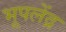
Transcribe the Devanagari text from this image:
भूपलेंद्र